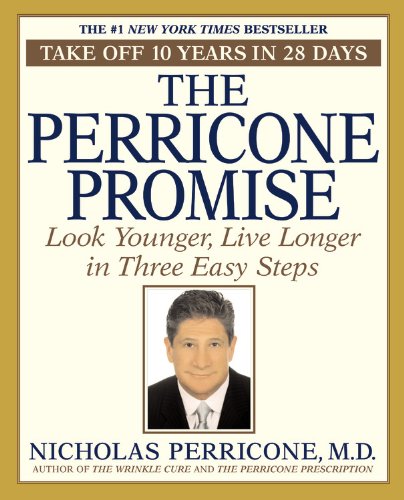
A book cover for The Perricone Promise: Look Younger,  Live Longer in Three Easy Steps; Nicholas Perricone; Health, Fitness & Dieting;